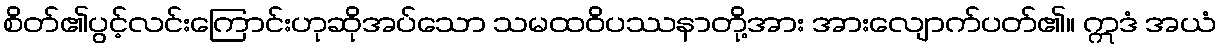
စိတ်၏ပွင့်လင်းကြောင်းဟုဆိုအပ်သော သမထဝိပဿနာတို့အား အားလျောက်ပတ်၏။ ဣဒံ အယံ